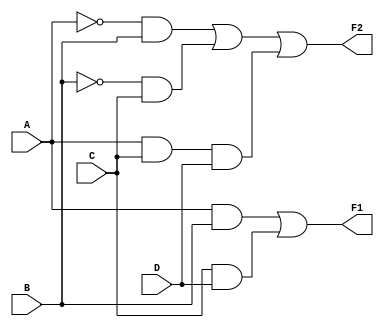
module combinational_logic (
    input wire A, // Input A
    input wire B, // Input B
    input wire C, // Input C
    input wire D, // Input D
    output wire F1, // Output F1
    output wire F2  // Output F2
);

// Internal signals for intermediate logic
wire AB; // A AND B
wire CD; // C AND D
wire notA; // NOT A
wire notB; // NOT B

// Example Logic Expressions (derived from hybrid minimization)
assign notA = ~A;            // NOT A
assign notB = ~B;            // NOT B
assign AB = A & B;           // AND operation
assign CD = C & D;           // AND operation

// F1 = A*B + C*D
assign F1 = AB | CD;         // OR operation

// F2 = A'B + B'C + ACD
assign F2 = (notA & B) | (notB & C) | (A & C & D); // Hybrid approach using simplified expression

endmodule